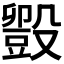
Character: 𬆱